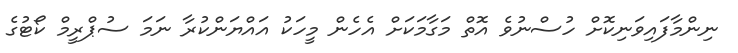
ނިންމާފައިވަނިކޮށް ހުސްނުވެ އޮތް މަގާމަކަށް އެހެން މީހަކު އައްޔަންކުރާ ނަމަ ސުޕްރީމް ކޯޓުގެ